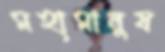
মহামানুষ